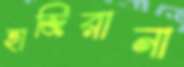
হাজিরানা